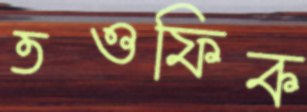
তওফিক